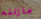
مازلتم